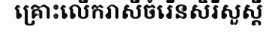
គ្រោះលើករាសីចំរើនសិរីសួស្តី